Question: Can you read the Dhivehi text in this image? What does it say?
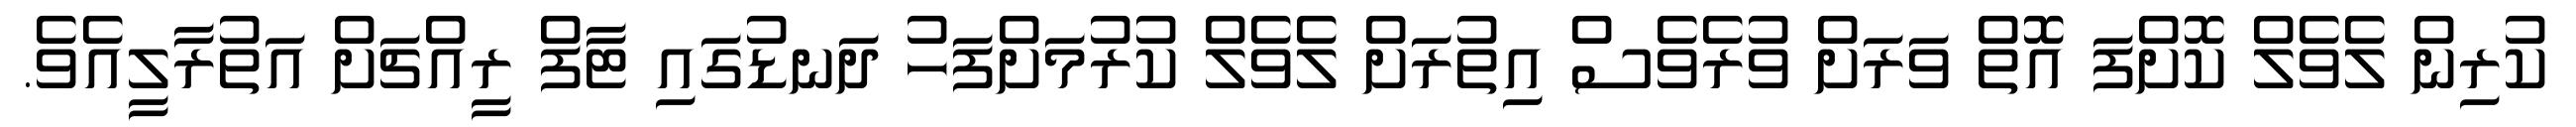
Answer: ކުރިން ލެވެލް ކޮށްފަ އޮތް ވަރަށް ވުރެވެސް އިތުރަށް ލެވެލް ކުރުމަށްފަހު ދަނޑުގައި ޓާފް ރީއްޗަށް އަތުރާލީއެވެ.